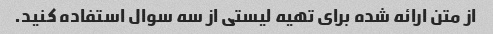
از متن ارائه شده برای تهیه لیستی از سه سوال استفاده کنید.